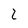
Character: 2